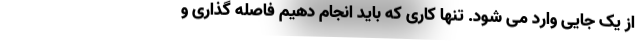
از یک جایی وارد می شود. تنها کاری که باید انجام دهیم فاصله گذاری و